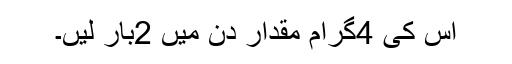
اس کی 4گرام مقدار دن میں 2بار لیں۔